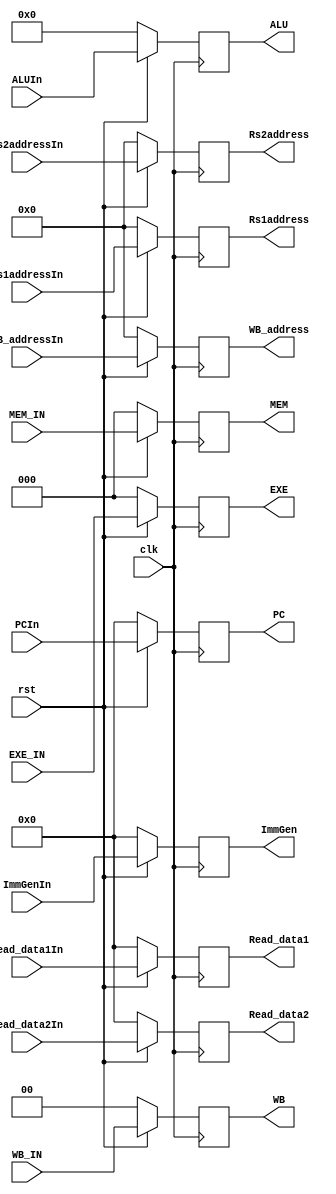
`timescale 1ns/1ps
module IDtoEXE (clk, rst, PCIn, Read_data1In, Read_data2In, ImmGenIn, ALUIn, WB_addressIn, Rs1addressIn, Rs2addressIn, EXE_IN, MEM_IN, WB_IN, PC, Read_data1, Read_data2, ImmGen, ALU, WB_address, EXE, MEM, WB, Rs1address, Rs2address);


    input clk, rst;
    input [1:0] WB_IN;   // {Regwrite,Memtoreg}
    input [2:0] EXE_IN;  // {ALUop[1:0],ALUsrc}
    input [2:0] MEM_IN;  // {Branch,Memread,Memwrite}
    input [31:0] PCIn, Read_data1In, Read_data2In, ImmGenIn;
    input [3:0] ALUIn;
    input [4:0] WB_addressIn;
    input [4:0] Rs1addressIn, Rs2addressIn;

    output reg [1:0] WB;
    output reg [2:0] EXE, MEM;
    output reg [31:0] PC,Read_data1, Read_data2, ImmGen;
    output reg [3:0] ALU;
    output reg [4:0] WB_address;
    output reg [4:0] Rs1address, Rs2address;

    always @ (posedge clk) begin
        if (~rst) begin
        {PC,Read_data1, Read_data2, ImmGen, ALU, WB_address, EXE, MEM, WB, Rs1address, Rs2address} <= 0;
        end
        else begin
            MEM <= MEM_IN;
            WB <= WB_IN;
            EXE <= EXE_IN;
            PC <= PCIn;
            Read_data1 <= Read_data1In;
            Read_data2 <= Read_data2In;
            ImmGen <= ImmGenIn;
            ALU <= ALUIn;
            WB_address <= WB_addressIn;
            Rs1address <= Rs1addressIn;
            Rs2address <= Rs2addressIn;
        end
    end

/*    always @ (*) begin
        $display("Regwrite = %1b,  MEM_OUT = %3b  EXE_OUT = %3b",
            WB[1], MEM , EXE
        );
    end
*/
endmodule